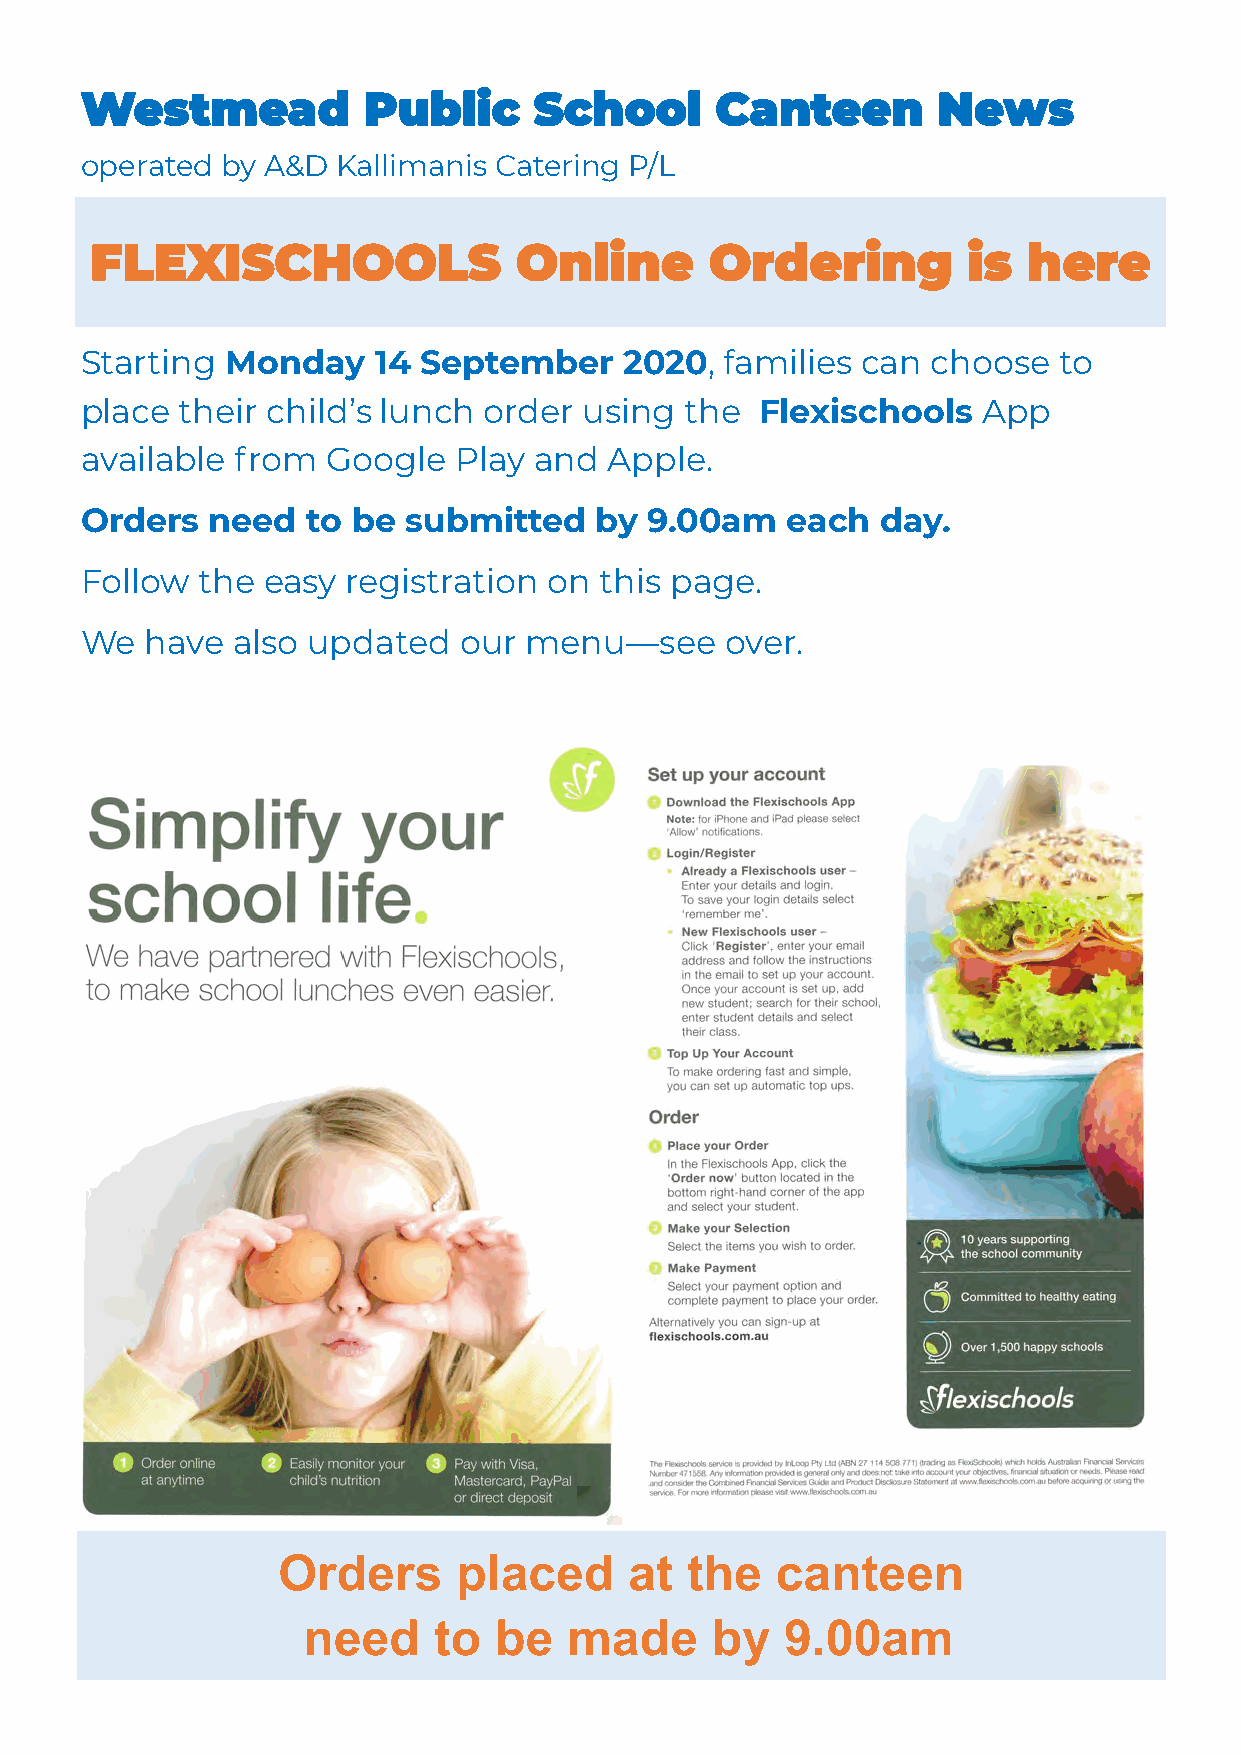
Westmead           Public     School      Canteen        News
 operated  by A&D Kallimanis Catering P/L
 FLEXISCHOOLS                Online       Ordering         is  here
 Starting  Monday    14 September    2020,  families can  choose  to
 place  their child’s lunch order  using the  Flexischools   App
 available  from  Google  Play and  Apple.
 Orders   need  to be  submitted   by  9.00am   each  day.
 Follow  the easy  registration on  this page.
 We   have also updated   our  menu—see     over.
 Orders      placed      at the   canteen
 need     to  be   made     by   9.00am